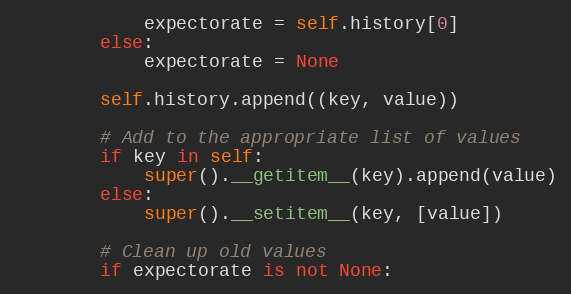
Language: Python
            expectorate = self.history[0]
        else:
            expectorate = None

        self.history.append((key, value))

        # Add to the appropriate list of values
        if key in self:
            super().__getitem__(key).append(value)
        else:
            super().__setitem__(key, [value])

        # Clean up old values
        if expectorate is not None: